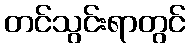
တင်သွင်းရာတွင်